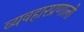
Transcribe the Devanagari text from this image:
व्यवहारप्रणाली